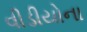
વીડીયોના